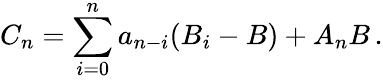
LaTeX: C_{n}=\sum_{i=0}^{n}a_{n-i}(B_{i}-B)+A_{n}B\, .